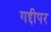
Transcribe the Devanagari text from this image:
गद्दीपर